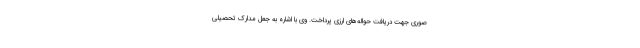
صوری جهت دریافت حواله‌های ارزی پرداخت. وی با اشاره به جعل مدارک تحصیلی